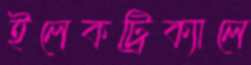
ইলেকট্রিক্যালে